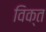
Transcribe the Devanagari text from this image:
विक्त